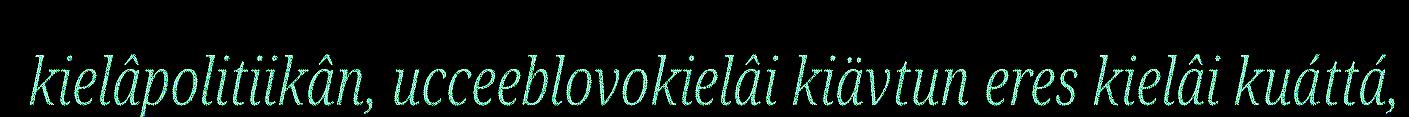
kielâpolitiikân, ucceeblovokielâi kiävtun eres kielâi kuáttá,